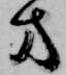
方